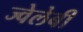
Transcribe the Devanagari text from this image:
ज्वेलेबी